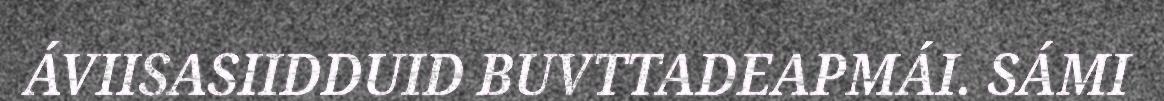
ÁVIISASIIDDUID BUVTTADEAPMÁI. SÁMI